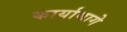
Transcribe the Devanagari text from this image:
कार्यामागे